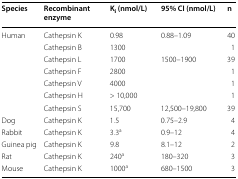
| Species | Recombinant enzyme | Ki (nmol/L) | 95% CI (nmol/L) | n |
 | --- | --- | --- | --- | --- |
 | <ROWSPAN=7> Human | Cathepsin K | 0.98 | 0.88–1.09 | 40 |
 | Cathepsin B | 1300 |  | 1 |
 | Cathepsin L | 1700 | 1500–1900 | 39 |
 | Cathepsin F | 2800 |  | 1 |
 | Cathepsin V | 4000 |  | 1 |
 | Cathepsin H | > 10,000 |  | 1 |
 | Cathepsin S | 15,700 | 12,500–19,800 | 39 |
 | Dog | Cathepsin K | 1.5 | 0.75–2.9 | 4 |
 | Rabbit | Cathepsin K | 3.3a | 0.9–12 | 4 |
 | Guinea pig | Cathepsin K | 9.8 | 8.1–12 | 2 |
 | Rat | Cathepsin K | 240a | 180–320 | 3 |
 | Mouse | Cathepsin K | 1000a | 680–1500 | 3 |